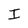
Character: I